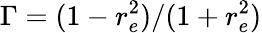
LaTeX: \Gamma=(1-r_{e}^{2})/(1+r_{e}^{2})